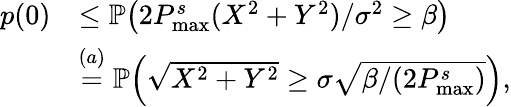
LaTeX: \begin{array}{rl}{p(0)}&{\leq\mathbb{P}\big(2P_{\textnormal{max}}^{s}(X^{2}+Y^{2})/\sigma^{2}\geq\beta\big)}\\ &{\stackrel{(a)}{=}\mathbb{P}\Big(\sqrt{X^{2}+Y^{2}}\geq\sigma\sqrt{\beta/(2P_{\textnormal{max}}^{s})}\Big),}\end{array}